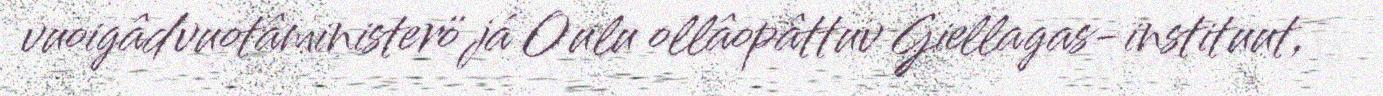
vuoigâdvuotâministerö já Oulu ollâopâttuv Giellagas-instituut,